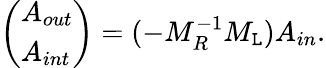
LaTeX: \left(\begin{array}{l}{A_{out}}\\ {A_{int}}\end{array}\right)=(-M_{R}^{-1}M_{\mathtt{L}})A_{in}.